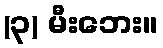
(၃) မီးဘေး။